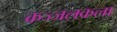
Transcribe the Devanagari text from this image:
कज्जलकला